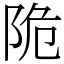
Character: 陒